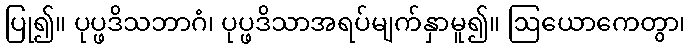
ပြု၍။ ပုပ္ဖဒိသဘာဂံ၊ ပုပ္ဖဒိသာအရပ်မျက်နှာမူ၍။ ဩယောကေတွာ၊